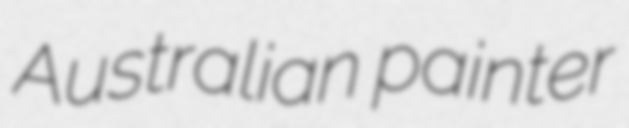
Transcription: Australian painter